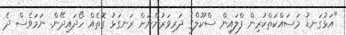
"އަޅުގަނޑު މަސައްކަތްކުރިން ފްލައިން ސްކޫލްގެ ދަރިވަރުންނަށް ރަނގަޅު ގޮތެއް ހޯދައިދޭން. ނަމަވެސް ދެ